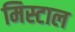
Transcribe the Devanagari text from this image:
मिस्टाल